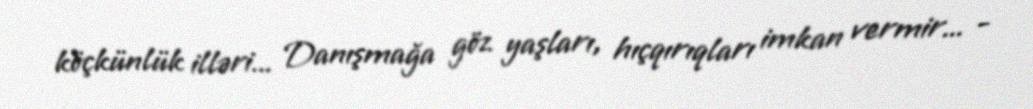
köçkünlük illəri... Danışmağa göz yaşları, hıçqırıqları imkan vermir... -